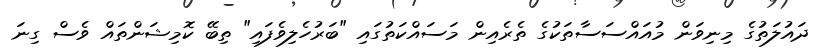
ދައުލަތުގެ މިނިވަން މުއައްސަސާތަކުގެ ތެރެއިން މަސައްކަތުގައި "ބަރުހެލިވެފައި" ތިބޭ ކޮމިޝަންތައް ވެސް ގިނަ